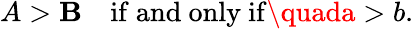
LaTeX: A>\mathbf{B}\quad{\mathrm{{if~and~only~if}}}\quada>b.